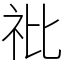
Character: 䃾